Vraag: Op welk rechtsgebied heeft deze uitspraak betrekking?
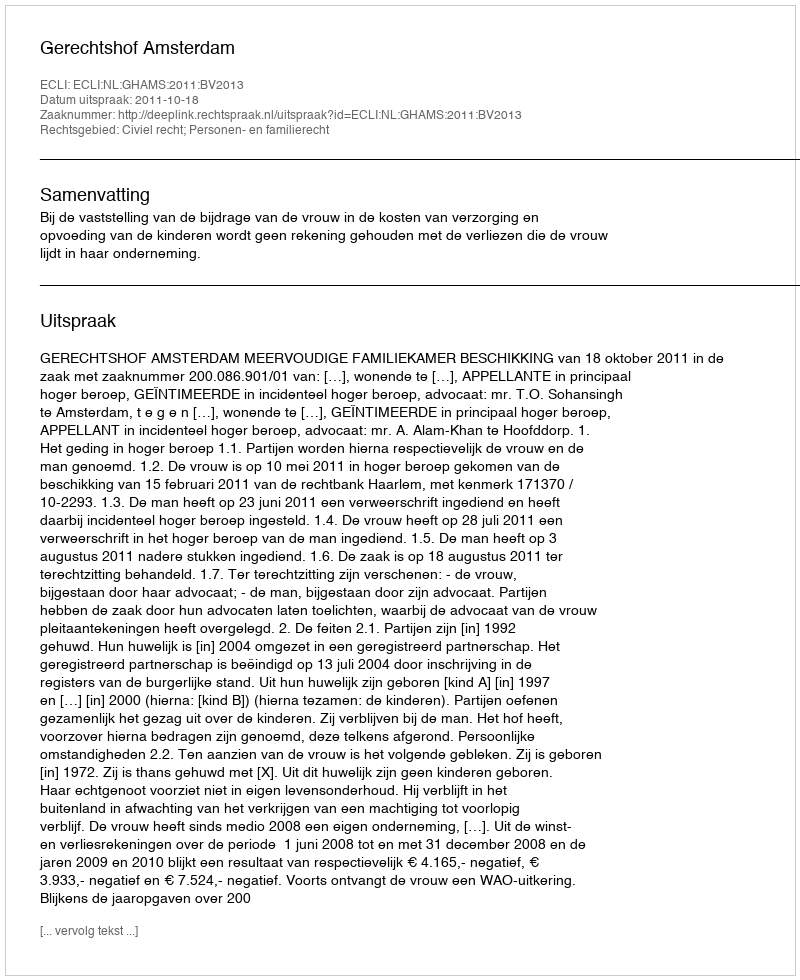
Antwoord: Civiel recht; Personen- en familierecht